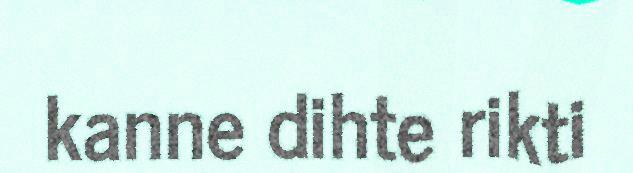
kanne dihte rikti